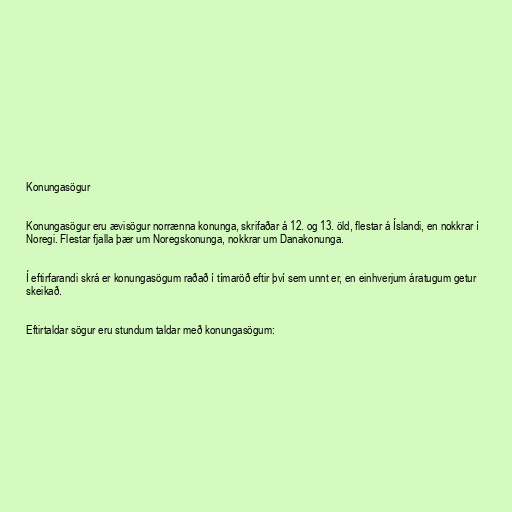
Konungasögur

Konungasögur eru ævisögur norrænna konunga, skrifaðar á 12. og 13. öld, flestar á Íslandi, en nokkrar í
Noregi. Flestar fjalla þær um Noregskonunga, nokkrar um Danakonunga.

Í eftirfarandi skrá er konungasögum raðað í tímaröð eftir því sem unnt er, en einhverjum áratugum getur
skeikað.

Eftirtaldar sögur eru stundum taldar með konungasögum: